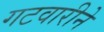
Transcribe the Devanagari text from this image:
गटवारीने